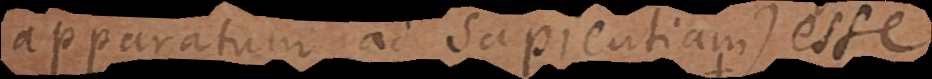
apparatum ad sapientiam) esse